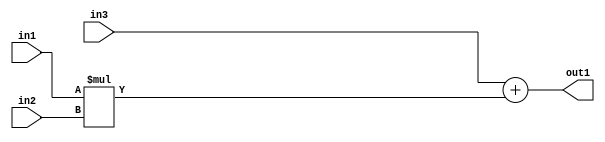
`timescale 1ps / 1ps
/*****************************************************************************
    Verilog RTL Description
    
    
    Created by: Stratus DpOpt 2019.1.01 
*******************************************************************************/

module st_weight_addr_gen_Add2Mul2u16u16u16_4_9 (
	in3,
	in2,
	in1,
	out1
	); /* architecture "behavioural" */ 
input [15:0] in3,
	in2,
	in1;
output [31:0] out1;
wire [31:0] asc001;

wire [31:0] asc001_tmp_0;
assign asc001_tmp_0 = 
	+(in3);
assign asc001 = asc001_tmp_0
	+(in1 * in2);

assign out1 = asc001;
endmodule

/* CADENCE  ubn1TgA= : u9/ySgnWtBlWxVPRXgAZ4Og= ** DO NOT EDIT THIS LINE ******/